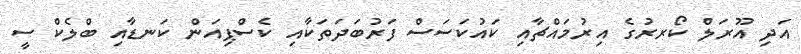
އަދި އޫރަލް ކޯރރުގެ އިރުމައްޗާއި ކައުކަސަސް ފަރުބަދަތަކާއި ކެސްޕިއަން ކަނޑާއި ބްލެކް ސީ